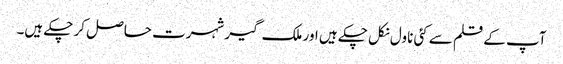
آپ کے قلم سے کئی ناول نکل چکے ہیں اور ملک گیر شہرت حاصل کر چکے ہیں۔